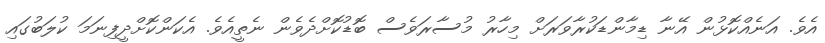
އެވެ. އަނެއްކޮޅުން އޭނާ ޑިމާންޑަކުރާވަރަށް މިހާރު މުސާރަވެސް ބޮޑުކޮށްދެވެން ނެތީއެވެ. އެކަންކޮށްދީފިނަމަ ކުލަބުގައި